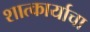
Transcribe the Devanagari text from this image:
शात्कार्याचा